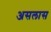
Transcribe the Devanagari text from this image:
असलास